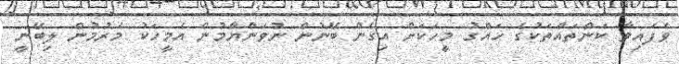
ވެފައިވާ ކަންތައްތަކުގެ ހައްގު މީހަކަށް އިގެން ބޭނުން ނުވަންޔާމުން އެމީހަކު މެރުމުން ލިބޭނީ